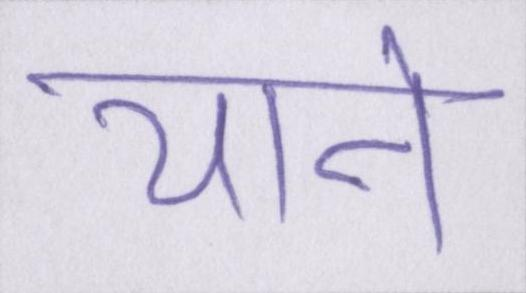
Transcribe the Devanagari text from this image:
याने